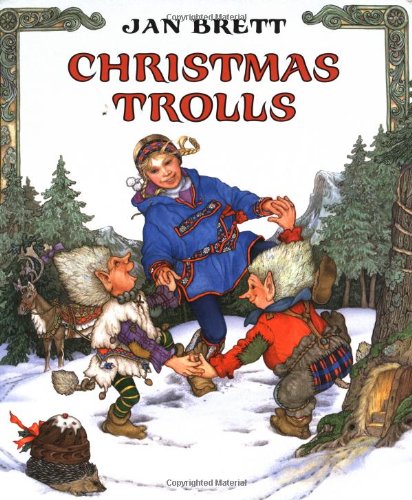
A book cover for Christmas Trolls; Jan Brett; Children's Books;